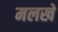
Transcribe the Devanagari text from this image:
मलखे